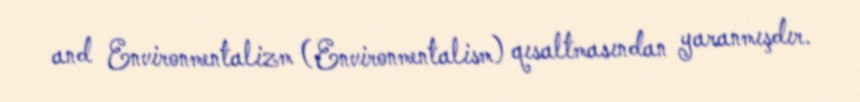
and Environmentalizm (Environmentalism) qısaltmasından yaranmışdır.